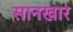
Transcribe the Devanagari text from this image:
सानखार